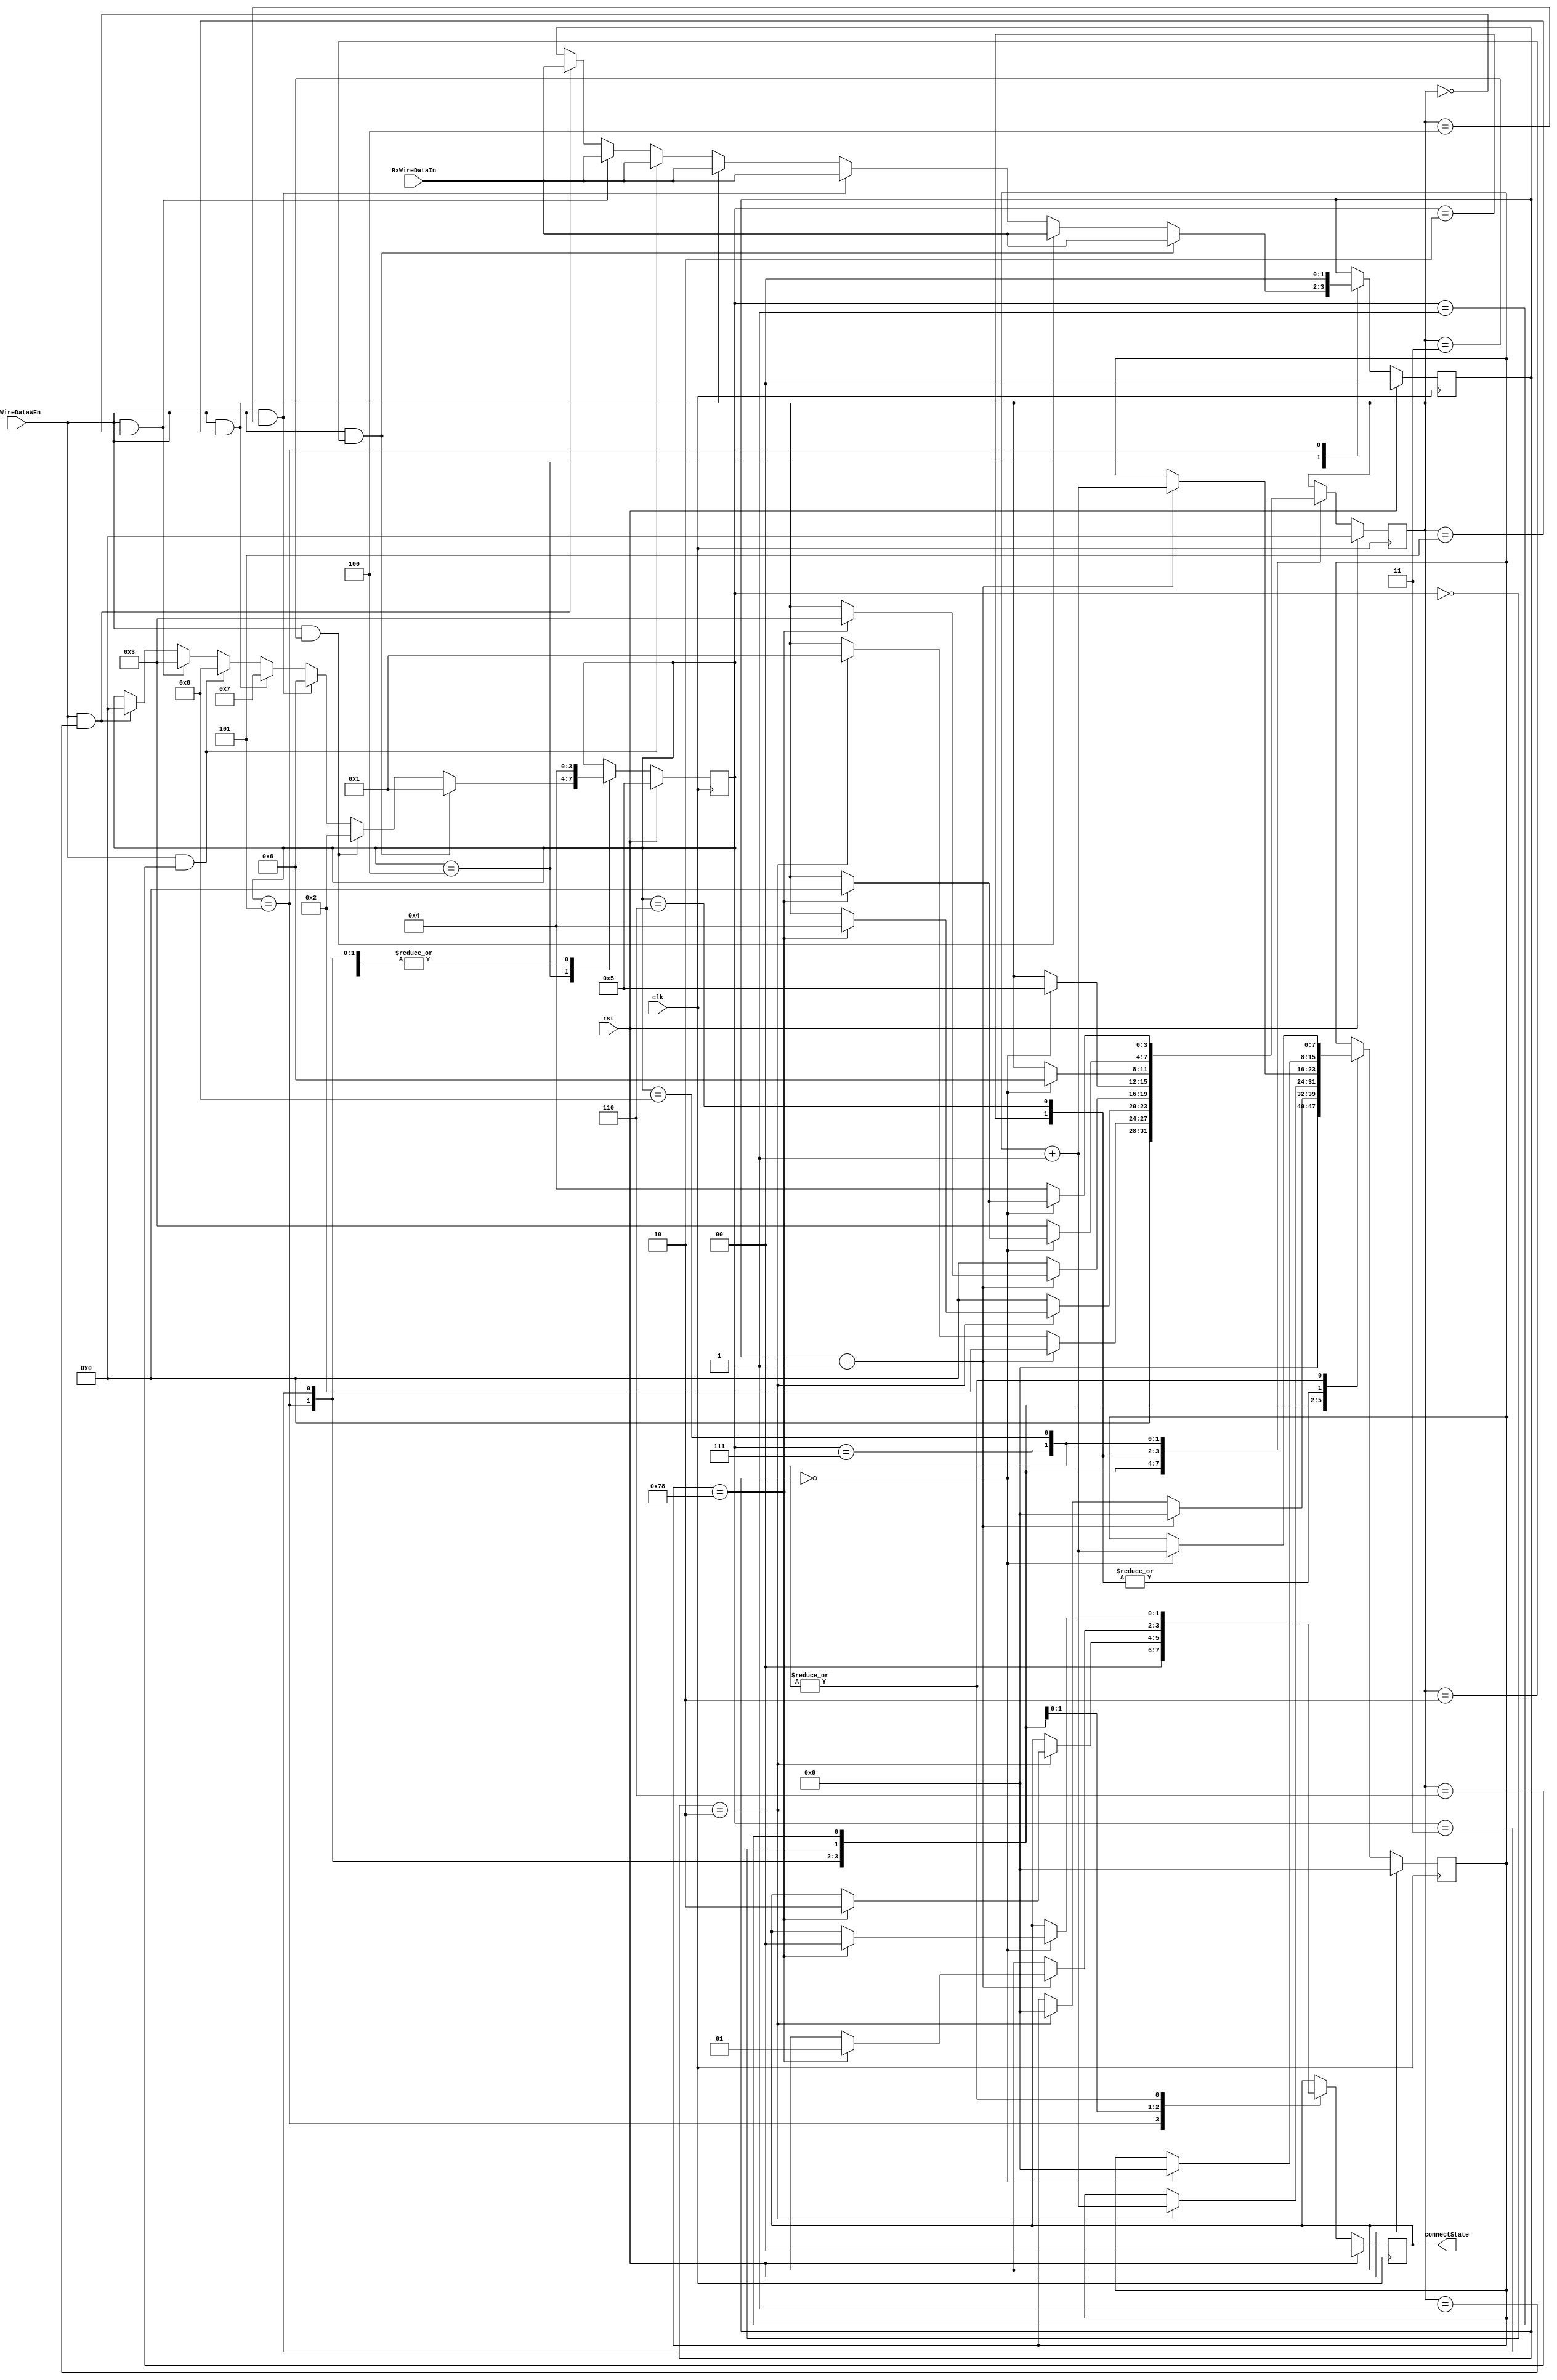
module SIEReceiver (
	input		[1:0]	RxWireDataIn,
	input				RxWireDataWEn,
	input				clk,
	input				rst,
	output	reg	[1:0]	connectState
);

	reg		[1:0]	next_connectState;

	reg		[3:0]	RXStMachCurrState, next_RXStMachCurrState;
	reg		[7:0]	RXWaitCount, next_RXWaitCount;
	reg		[1:0]	RxBits, next_RxBits;

	reg		[3:0]	CurrState_rcvr;
	reg		[3:0]	NextState_rcvr;

	//--------------------------------------------------------------------
	// Machine: rcvr
	//--------------------------------------------------------------------
	//----------------------------------
	// Next State Logic (combinatorial)
	//----------------------------------
	always@(*) begin
		NextState_rcvr <= CurrState_rcvr;
		// Set default values for outputs and signals
		next_RxBits <= RxBits;
		next_RXStMachCurrState <= RXStMachCurrState;
		next_RXWaitCount <= RXWaitCount;
		next_connectState <= connectState;
		case (CurrState_rcvr)
			4'd4: begin
				if(RxWireDataWEn&(RXStMachCurrState==4'd2)) begin
					NextState_rcvr <= 4'd1;
					next_RxBits <= RxWireDataIn; end
				else if(RxWireDataWEn&(RXStMachCurrState == 4'd3)) begin
					NextState_rcvr <= 4'd2;
					next_RxBits <= RxWireDataIn; end
				else if(RxWireDataWEn&(RXStMachCurrState == 4'd4)) begin
					NextState_rcvr <= 4'd6;
					next_RxBits <= RxWireDataIn; end
				else if(RxWireDataWEn&(RXStMachCurrState == 4'd5)) begin
					NextState_rcvr <= 4'd7;
					next_RxBits <= RxWireDataIn; end
				else if(RxWireDataWEn&(RXStMachCurrState == 4'd6)) begin
					NextState_rcvr <= 4'd8;
					next_RxBits <= RxWireDataIn; end
				else if(RxWireDataWEn&(RXStMachCurrState == 4'd0)) begin
					NextState_rcvr <= 4'd3;
					next_RxBits <= RxWireDataIn; end
				else if(RxWireDataWEn&(RXStMachCurrState == 4'd1)) begin
					NextState_rcvr <= 4'd0;
					next_RxBits <= RxWireDataIn; end
			end
			4'd5: begin
				next_RXStMachCurrState <= 4'd0;
				next_RXWaitCount <= 8'h00;
				next_connectState <= 2'd0;
				next_RxBits <= 2'b00;
				NextState_rcvr <= 4'd4;
			end
			4'd3: begin
				if(RxBits==2'b01) begin
					NextState_rcvr <= 4'd4;
					next_RXStMachCurrState <= 4'd2;
					next_RXWaitCount <= 8'h00; end
				else if(RxBits==2'b10) begin
					NextState_rcvr <= 4'd4;
					next_RXStMachCurrState <= 4'd1;
					next_RXWaitCount <= 8'h00; end
				else	NextState_rcvr <= 4'd4;
			end
			4'd0: begin
				if(RxBits==2'b10) begin
					next_RXWaitCount <= RXWaitCount + 1'b1;
					if(RXWaitCount==8'd120) begin
						next_connectState <= 2'd2;
						next_RXStMachCurrState <= 4'd4; end end
				else	next_RXStMachCurrState <= 4'd0;
				NextState_rcvr <= 4'd4;
			end
			4'd1: begin
				if(RxBits==2'b01) begin
					next_RXWaitCount <= RXWaitCount + 1'b1;
					if(RXWaitCount==8'd120) begin
						next_connectState <= 2'd1;
						next_RXStMachCurrState <= 4'd3; end end
				else	next_RXStMachCurrState <= 4'd0;
				NextState_rcvr <= 4'd4;
			end
			4'd2: begin
				NextState_rcvr <= 4'd4;
				if(RxBits==2'b00) begin
					next_RXStMachCurrState <= 4'd5;
					next_RXWaitCount <= 0; end
			end
			4'd6: begin
				NextState_rcvr <= 4'd4;
				if(RxBits==2'b00) begin
					next_RXStMachCurrState <= 4'd6;
					next_RXWaitCount <= 0; end
			end
			4'd7: begin
				NextState_rcvr <= 4'd4;
				if(RxBits==2'b00) begin
					next_RXWaitCount <= RXWaitCount + 1'b1;
					if(RXWaitCount==8'd120) begin
						next_RXStMachCurrState <= 4'd0;
						next_connectState <= 2'd0; end end
				else	next_RXStMachCurrState <= 4'd3;
			end
			4'd8: begin
				NextState_rcvr <= 4'd4;
				if(RxBits==2'b00) begin
					next_RXWaitCount <= RXWaitCount + 1'b1;
					if(RXWaitCount==8'd120) begin
						next_RXStMachCurrState <= 4'd0;
						next_connectState <= 2'd0; end end
				else	next_RXStMachCurrState <= 4'd4;
			end
		endcase
	end

	//----------------------------------
	// Current State Logic (sequential)
	//----------------------------------
	always@(posedge clk) begin
		if(rst)	CurrState_rcvr <= 4'd5;
		else	CurrState_rcvr <= NextState_rcvr;
	end

	//----------------------------------
	// Registered outputs logic
	//----------------------------------
	always@(posedge clk) begin
		if(rst) begin
			RXStMachCurrState <= 4'd0;
			RXWaitCount <= 8'h00;
			RxBits <= 2'b00;
			connectState <= 2'd0; end
		else begin
			RXStMachCurrState <= next_RXStMachCurrState;
			RXWaitCount <= next_RXWaitCount;
			RxBits <= next_RxBits;
			connectState <= next_connectState; end
	end

endmodule